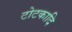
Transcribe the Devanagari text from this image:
टोटकादि